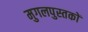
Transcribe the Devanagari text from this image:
मुगलपुस्तकों